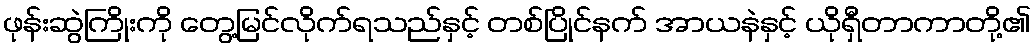
ဖုန်းဆွဲကြိုးကို တွေ့မြင်လိုက်ရသည်နှင့် တစ်ပြိုင်နက် အာယနဲနှင့် ယိုရှီတာကာတို့၏